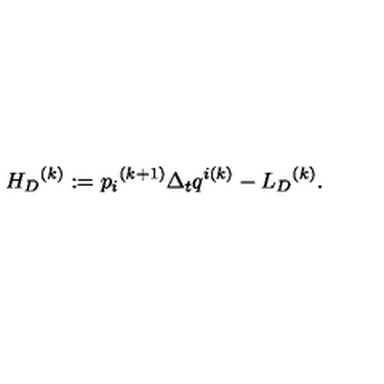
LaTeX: { { H } _ { D } } ^ { ( k ) } : = { p _ { i } } ^ { ( k + 1 ) } \Delta _ { t } q ^ { i ( k ) } - { { L } _ { D } } ^ { ( k ) } .